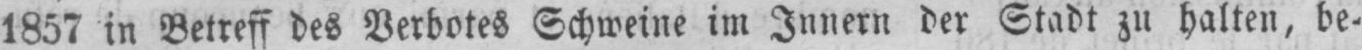
1857 in Betreff des Verbotes Schweine im Innern der Stadt zu halten, be-